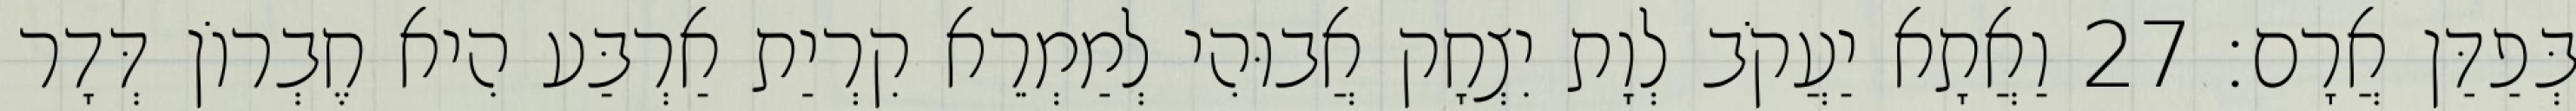
בְּפַדַּן אֲרָם׃ 27 וַאֲתָא יַעֲקֹב לְוָת יִצְחָק אֲבוּהִי לְמַמְרֵא קִרְיַת אַרְבַּע הִיא חֶבְרוֹן דְּדָר